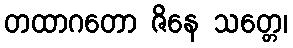
တထာဂတော ဇိနေ သတ္တေ၊